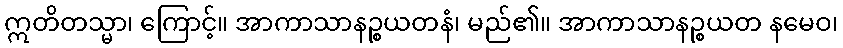
ဣတိတသ္မာ၊ ကြောင့်။ အာကာသာနဉ္စယတနံ၊ မည်၏။ အာကာသာနဉ္စယတ နမေဝ၊